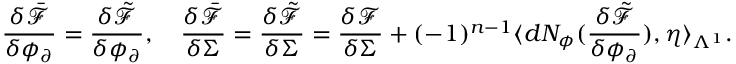
\frac { \delta \bar { \mathcal { F } } } { \delta \phi _ { \partial } } = \frac { \delta \tilde { \mathcal { F } } } { \delta \phi _ { \partial } } , \quad \frac { \delta \bar { \mathcal { F } } } { \delta \Sigma } = \frac { \delta \tilde { \mathcal { F } } } { \delta \Sigma } = \frac { \delta \mathcal { F } } { \delta \Sigma } + ( - 1 ) ^ { n - 1 } \langle d N _ { \phi } ( \frac { \delta \tilde { \mathcal { F } } } { \delta \phi _ { \partial } } ) , \eta \rangle _ { \Lambda ^ { 1 } } .